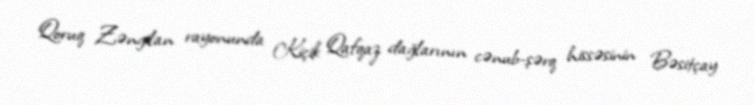
Qoruq Zəngilan rayonunda Kiçik Qafqaz dağlarının cənub-şərq hissəsinin Bəsitçay